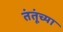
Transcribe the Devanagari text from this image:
तंतूंच्या